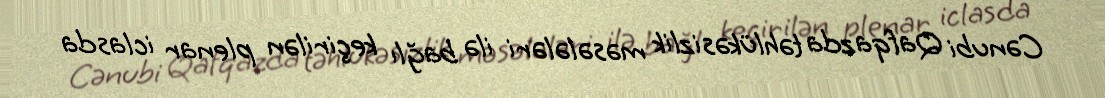
Cənubi Qafqazda təhlükəsizlik məsələləri ilə bağlı keçirilən plenar iclasda